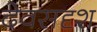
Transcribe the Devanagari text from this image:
देवसदृश